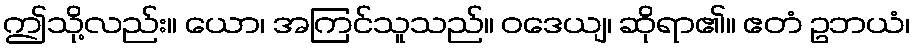
ဤသို့လည်း။ ယော၊ အကြင်သူသည်။ ဝဒေယျ၊ ဆိုရာ၏။ ဧတံ ဥဘယံ၊